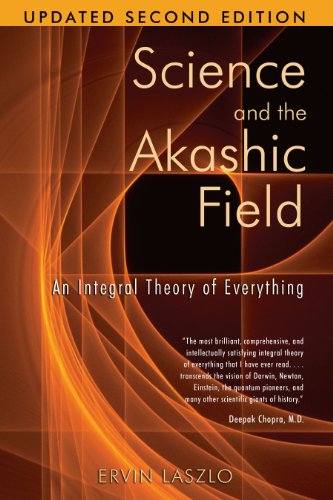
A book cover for Science and the Akashic Field: An Integral Theory of Everything; Ervin Laszlo; Science & Math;